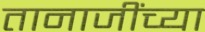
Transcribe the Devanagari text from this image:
तानाजींच्या